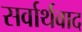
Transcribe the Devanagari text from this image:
सर्वार्थवाद